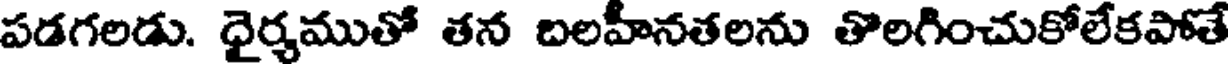
పడగలడు. ధైర్యముతో తన బలహీనతలను తొలగించుకోలేకపోతే